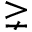
\gneq